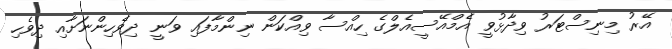
އޭރު މިނިސްޓަރު ވިދާޅުވީ އެމްއޭސީއެލްގެ ހިއްސާ ވިއްކަން ނިންމާފައި ވަނީ ދިވެހިންނަށާއި ދިވެހި